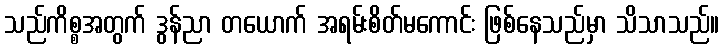
သည်ကိစ္စအတွက် ဒွန်ညာ တယောက် အရမ်းစိတ်မကောင်း ဖြစ်နေသည်မှာ သိသာသည်။